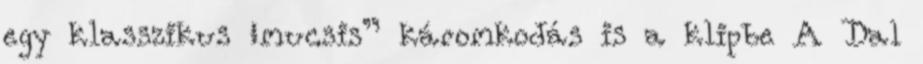
egy klasszikus „mucsis” káromkodás is a klipbe A Dal